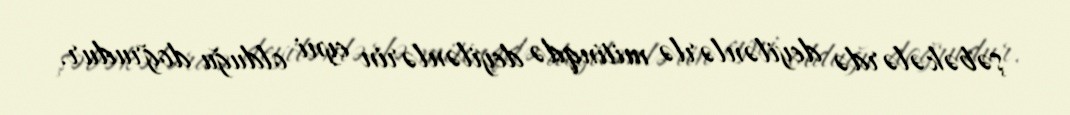
şəbəkələrdə deyilənlərlə mitinqdə deyilənlərin eyni olduğu doğrudur.